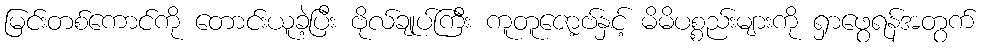
မြင်းတစ်ကောင်ကို တောင်းယူခဲ့ပြီး ဗိုလ်ချုပ်ကြီး ကူတူဇော့ဗ်နှင့် မိမိပစ္စည်းများကို ရှာဖွေရန်အတွက်